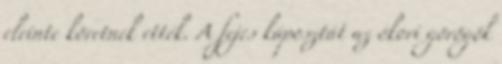
eleinte köretnek ették. A fejes káposztát az ókori görögök